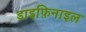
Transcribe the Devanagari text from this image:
डाइफ़िनाइल